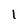
Character: I